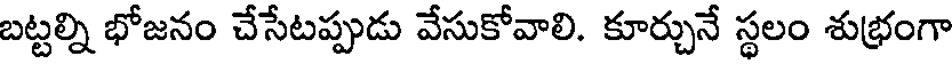
బట్టల్ని భోజనం చేసేటప్పుడు వేసుకోవాలి. కూర్చునే స్థలం శుభ్రంగా